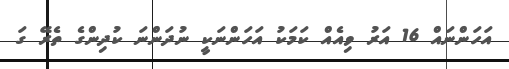
އަހަންނައް 16 އަރު ވިއެއް ކަމަކު އަހަންނަކީ ނުދަންނަ ކުދިންގެ ތެރޭ ގަ